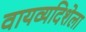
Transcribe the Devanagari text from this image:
वायव्यदिशेला